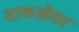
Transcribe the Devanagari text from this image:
वाकओवर